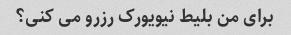
برای من بلیط نیویورک رزرو می کنی؟